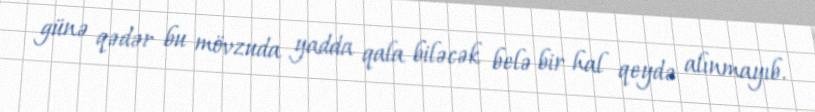
günə qədər bu mövzuda yadda qala biləcək belə bir hal qeydə alınmayıb.